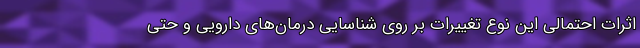
اثرات احتمالی این نوع تغییرات بر روی شناسایی درمان‌های دارویی و حتی